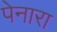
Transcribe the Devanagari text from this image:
पेनारा